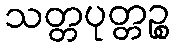
သတ္တပုတ္တဉ္စ